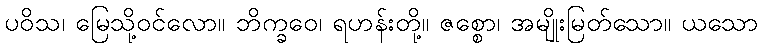
ပဝိသ၊ မြေသို့ဝင်လော။ ဘိက္ခဝေ၊ ရဟန်းတို့။ ဇစ္စော၊ အမျိုးမြတ်သော။ ယသော